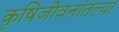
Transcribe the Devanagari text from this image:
कृषिजीवनांतल्या